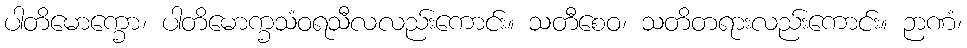
ပါတိမောက္ခော၊ ပါတိမောက္ခသံဝရသီလလည်းကောင်း။ သတီစေဝ၊ သတိတရားလည်းကောင်း။ ဉာဏံ၊